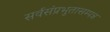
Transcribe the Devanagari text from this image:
सर्वसंप्रभुतासम्पन्न